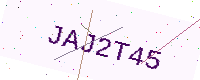
Text: JAJ2T45